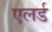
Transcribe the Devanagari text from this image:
एलर्ड